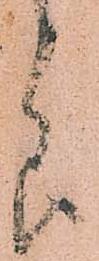
節